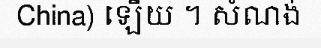
China) ឡើយ ។ សំណង់